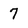
Character: 7